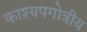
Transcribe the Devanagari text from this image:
काश्यपगोत्रीय